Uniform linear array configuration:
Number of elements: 32
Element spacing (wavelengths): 0.25
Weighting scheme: hamming
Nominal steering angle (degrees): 60
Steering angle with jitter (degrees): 61.404
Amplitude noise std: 0.05
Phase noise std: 0.05

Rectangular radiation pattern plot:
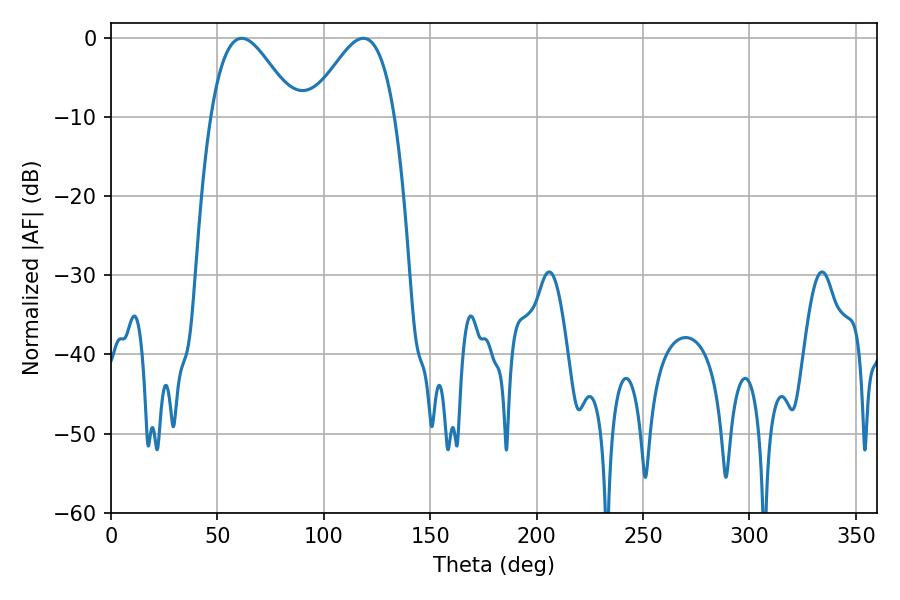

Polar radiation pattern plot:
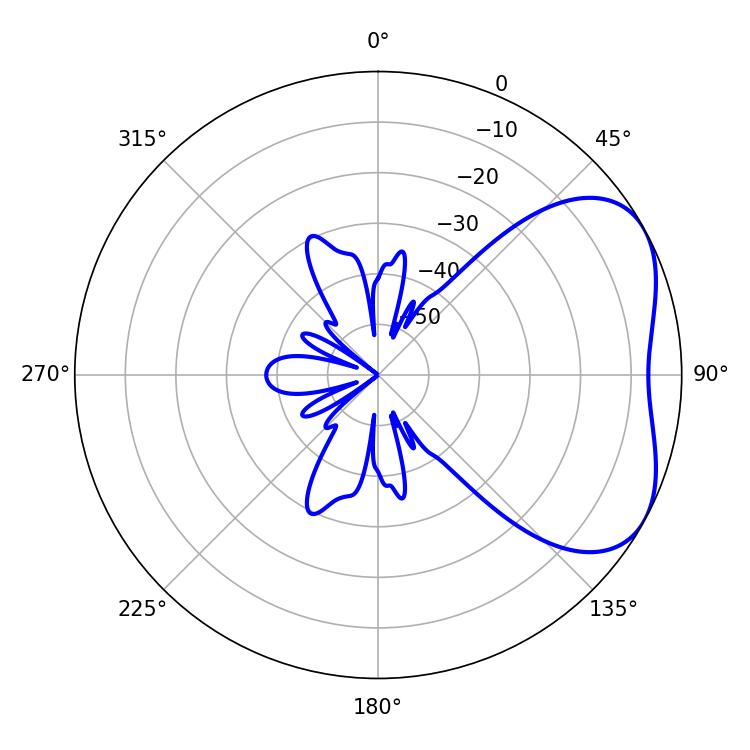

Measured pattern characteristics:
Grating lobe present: FALSE
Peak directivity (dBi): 4.278
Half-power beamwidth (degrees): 21.24
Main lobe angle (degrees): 61.38